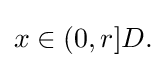
{\textstyle x\in (0,r]D.}